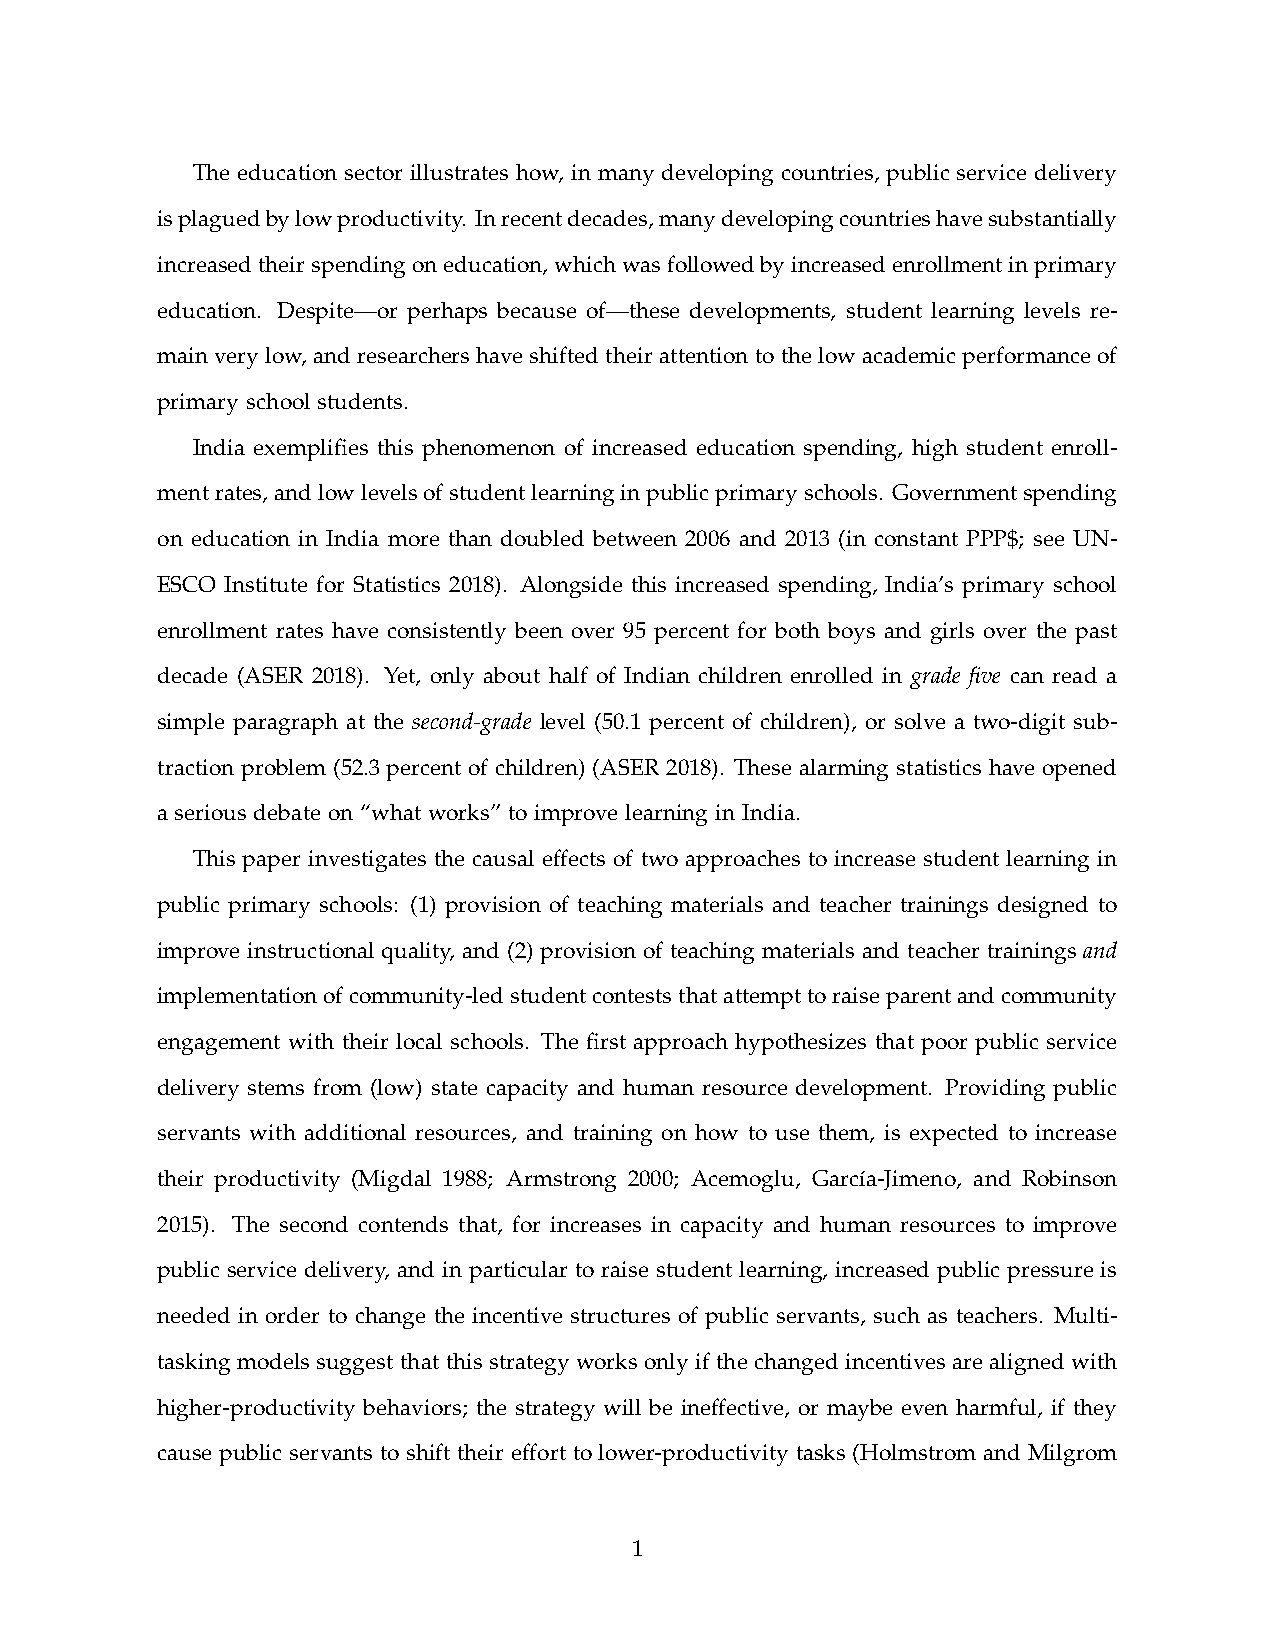
The education sector illustrates how, in many developing countries, public service delivery
 is plagued by low productivity. In recent decades, many developing countries have substantially
 increased their spending on education, which was followed by increased enrollment in primary
 education. Despite—or perhaps because of—these developments, student learning levels re-
 main very low, and researchers have shifted their attention to the low academic performance of
 primary school students.
 India exemplifes this phenomenon of increased education spending, high student enroll-
 ment rates, and low levels of student learning in public primary schools. Government spending
 on education in India more than doubled between 2006 and 2013 (in constant PPP$; see UN-
 ESCO Institute for Statistics 2018). Alongside this increased spending, India’s primary school
 enrollment rates have consistently been over 95 percent for both boys and girls over the past
 decade (ASER 2018). Yet, only about half of Indian children enrolled in grade fve can read a
 simple paragraph at the second-grade level (50.1 percent of children), or solve a two-digit sub-
 traction problem (52.3 percent of children) (ASER 2018). These alarming statistics have opened
 a serious debate on “what works” to improve learning in India.
 This paper investigates the causal effects of two approaches to increase student learning in
 public primary schools: (1) provision of teaching materials and teacher trainings designed to
 improve instructional quality, and (2) provision of teaching materials and teacher trainings and
 implementation of community-led student contests that attempt to raise parent and community
 engagement with their local schools. The frst approach hypothesizes that poor public service
 delivery stems from (low) state capacity and human resource development. Providing public
 servants with additional resources, and training on how to use them, is expected to increase
 their productivity (Migdal 1988; Armstrong 2000; Acemoglu, García-Jimeno, and Robinson
 2015). The second contends that, for increases in capacity and human resources to improve
 public service delivery, and in particular to raise student learning, increased public pressure is
 needed in order to change the incentive structures of public servants, such as teachers. Multi-
 tasking models suggest that this strategy works only if the changed incentives are aligned with
 higher-productivity behaviors; the strategy will be ineffective, or maybe even harmful, if they
 cause public servants to shift their effort to lower-productivity tasks (Holmstrom and Milgrom
 1